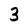
Character: 3